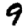
Digit: 9